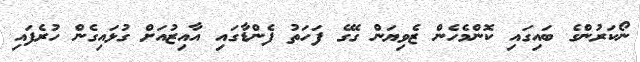
ނޯކަރުންގެ ބައިގައި ކޮންމެހެން ޒެވިޔަން ގޭގެ ފަހަތު ފެންޑާގައި އާއިޒުއަށް ގުޅައިގެން ހުރެފައި